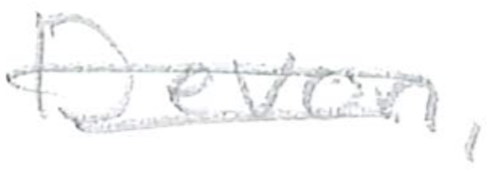
Text: Devon,
Cross-out: mix
Writing tool: pencil